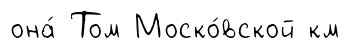
она́ Том Моско́вской км